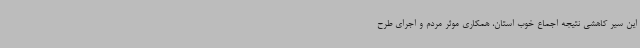
این سیر کاهشی نتیجه اجماع خوب استان، همکاری موثر مردم و اجرای طرح